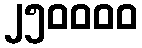
၂၅၀၀၀၀